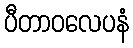
ပီတာဝလေပနံ